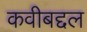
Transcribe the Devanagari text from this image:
कवीबद्दल